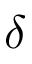
\boldsymbol { \delta }